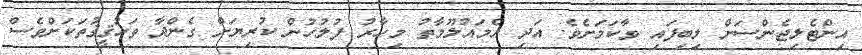
އިންޓެލިޖެންސަށް ލިބިފައި ވާކަމަށެވެ. އަދި އެމައުލޫމާތު މިހާރު ފުލުހުން ކުރިޔަށް ގެންދާ ތަހުޤީޤުތަކަށްވެސް